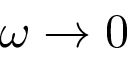
\omega \to 0